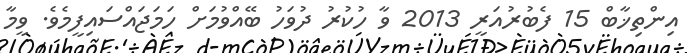
އިންތިޚާބް 15 ފެބުރުއަރީ 2013 ވާ ހުކުރު ދުވަހު ބޭއްވުމަށް ހަމަޖައްސައިފީމެވެ. ވީމާ